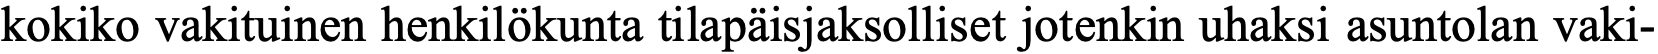
kokiko vakituinen henkilökunta tilapäisjaksolliset jotenkin uhaksi asuntolan vaki-